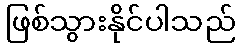
ဖြစ်သွားနိုင်ပါသည်